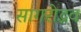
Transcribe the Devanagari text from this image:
सागरोद्भव